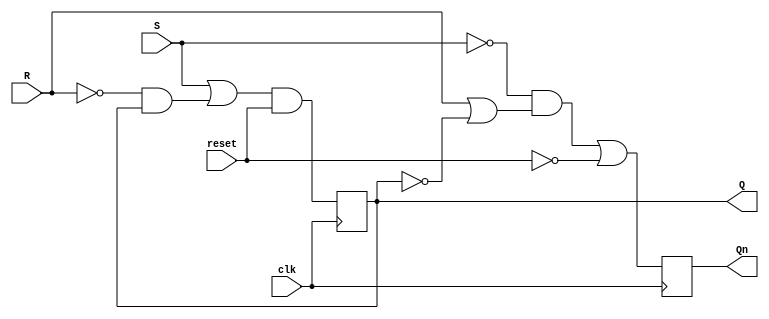
module SR_FF
	(
	input clk,
	input reset,
	input S,
	input R,
	output reg Q,
	output reg Qn
	);

always @(posedge clk)
begin
	Q <= (S|(~R&Q))&reset;
	Qn <= (~S&(R|~Q))|~reset;
end
	
endmodule